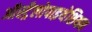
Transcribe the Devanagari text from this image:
ऑस्ट्रैलोपाइथेशियन